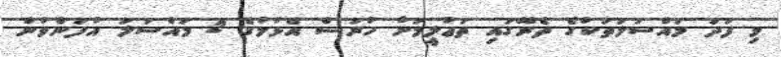
މި ފަދަ މައްސަލަތަކުގެ ތެރޭގައި ތަޢުލީމަށް ހުރަސް އެޅުމުގެ 2 މައްސަލަ އުފަންވުން